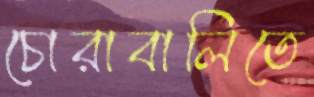
চোরাবালিতে